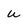
Character: u